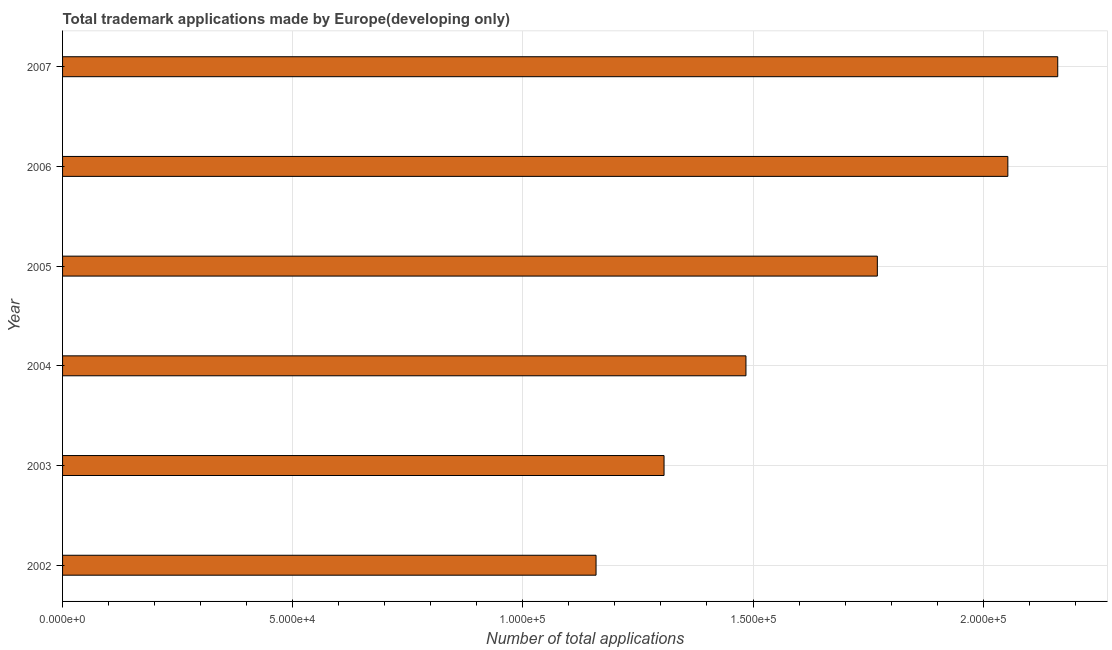
| Year | Trademark applications |
 | --- | --- |
 | 2002 | 1.16e+05 |
 | 2003 | 1.31e+05 |
 | 2004 | 1.48e+05 |
 | 2005 | 1.77e+05 |
 | 2006 | 2.05e+05 |
 | 2007 | 2.16e+05 |